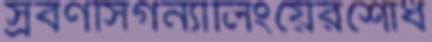
স্রবণসিগন্যালিংয়েরশোধ